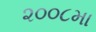
૨૦૦૮મા